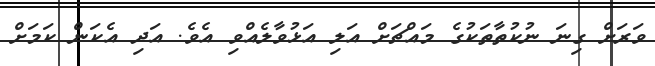
ވަރަށް ގިނަ ނުކުތާތަކުގެ މައްޗަށް އަލި އަޅުވާލެއްވި އެވެ. އަދި އެކަން ކަމަށް